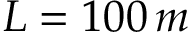
L = 1 0 0 \, m